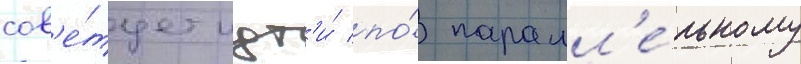
сов'е́тует идт'и́ по́ паралл'е́льному